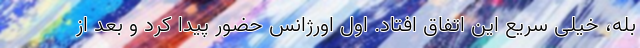
بله، خیلی سریع این اتفاق افتاد. اول اورژانس حضور پیدا کرد و بعد از